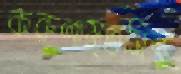
করুণামৃতসিন্ধু